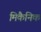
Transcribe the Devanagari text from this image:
मिकैनिक